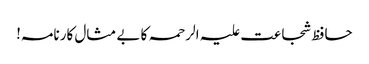
حافظ شجاعت علیہ الرحمہ کا بے مثال کارنامہ!